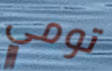
تومي